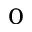
_ 0